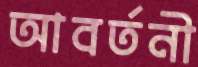
আবর্তনী